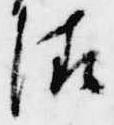
清